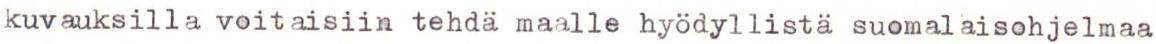
kuvauksilla voitaisiin tehdä maalle hyödyllistä suomalaisohjelmaa